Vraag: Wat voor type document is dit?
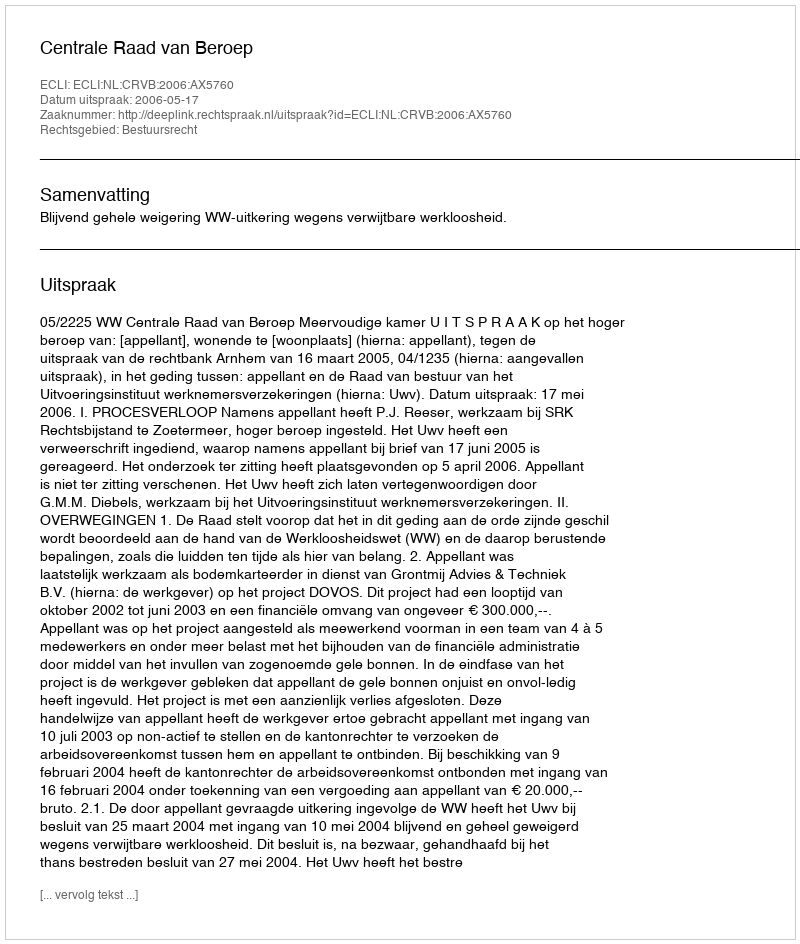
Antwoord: Uitspraak